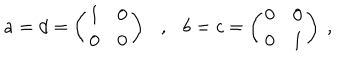
a = d = \left( \begin{array} { c c } { { 1 } } & { { 0 } } \\ { { 0 } } & { { 0 } } \\ \end{array} \right) \mathrm { \ \ \ , \ \ \ } b = c = \left( \begin{array} { c c } { { 0 } } & { { 0 } } \\ { { 0 } } & { { 1 } } \\ \end{array} \right) ~ ,